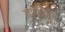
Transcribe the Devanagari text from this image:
ग्राफीन्